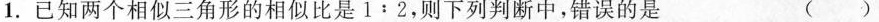
1. 已知两个相似三角形的相似比是$$1﹔2$$，则下列判断中，错误的是 ( )